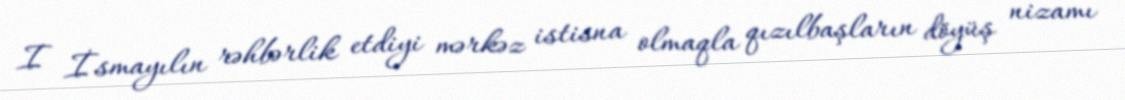
I İsmayılın rəhbərlik etdiyi mərkəz istisna olmaqla qızılbaşların döyüş nizamı